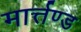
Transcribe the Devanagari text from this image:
मार्त्तण्ड